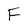
Character: F